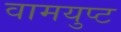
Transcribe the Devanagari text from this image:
वामयुप्ट